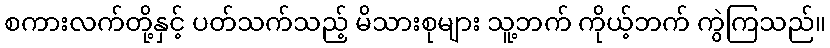
စကားလက်တို့နှင့် ပတ်သက်သည့် မိသားစုများ သူ့ဘက် ကိုယ့်ဘက် ကွဲကြသည်။